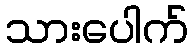
သားပေါက်